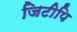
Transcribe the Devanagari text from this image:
जिटीपि